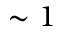
\sim 1